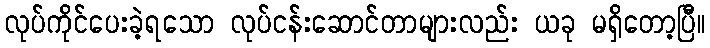
လုပ်ကိုင်ပေးခဲ့ရသော လုပ်ငန်းဆောင်တာများလည်း ယခု မရှိတော့ပြီ။